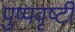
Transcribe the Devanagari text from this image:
पुष्पवृष्टी